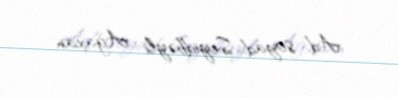
Ad, soyad: Seyidbəyli Ağaxan